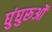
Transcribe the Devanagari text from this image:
घुंघुरूओं